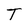
Character: T